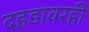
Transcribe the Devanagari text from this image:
दहडावरही